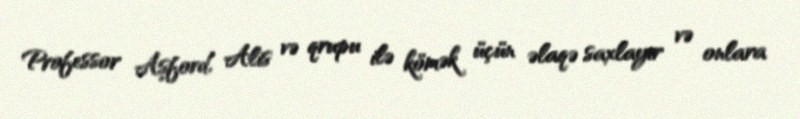
Professor Aşford, Alis və qrupu ilə kömək üçün əlaqə saxlayır və onlara